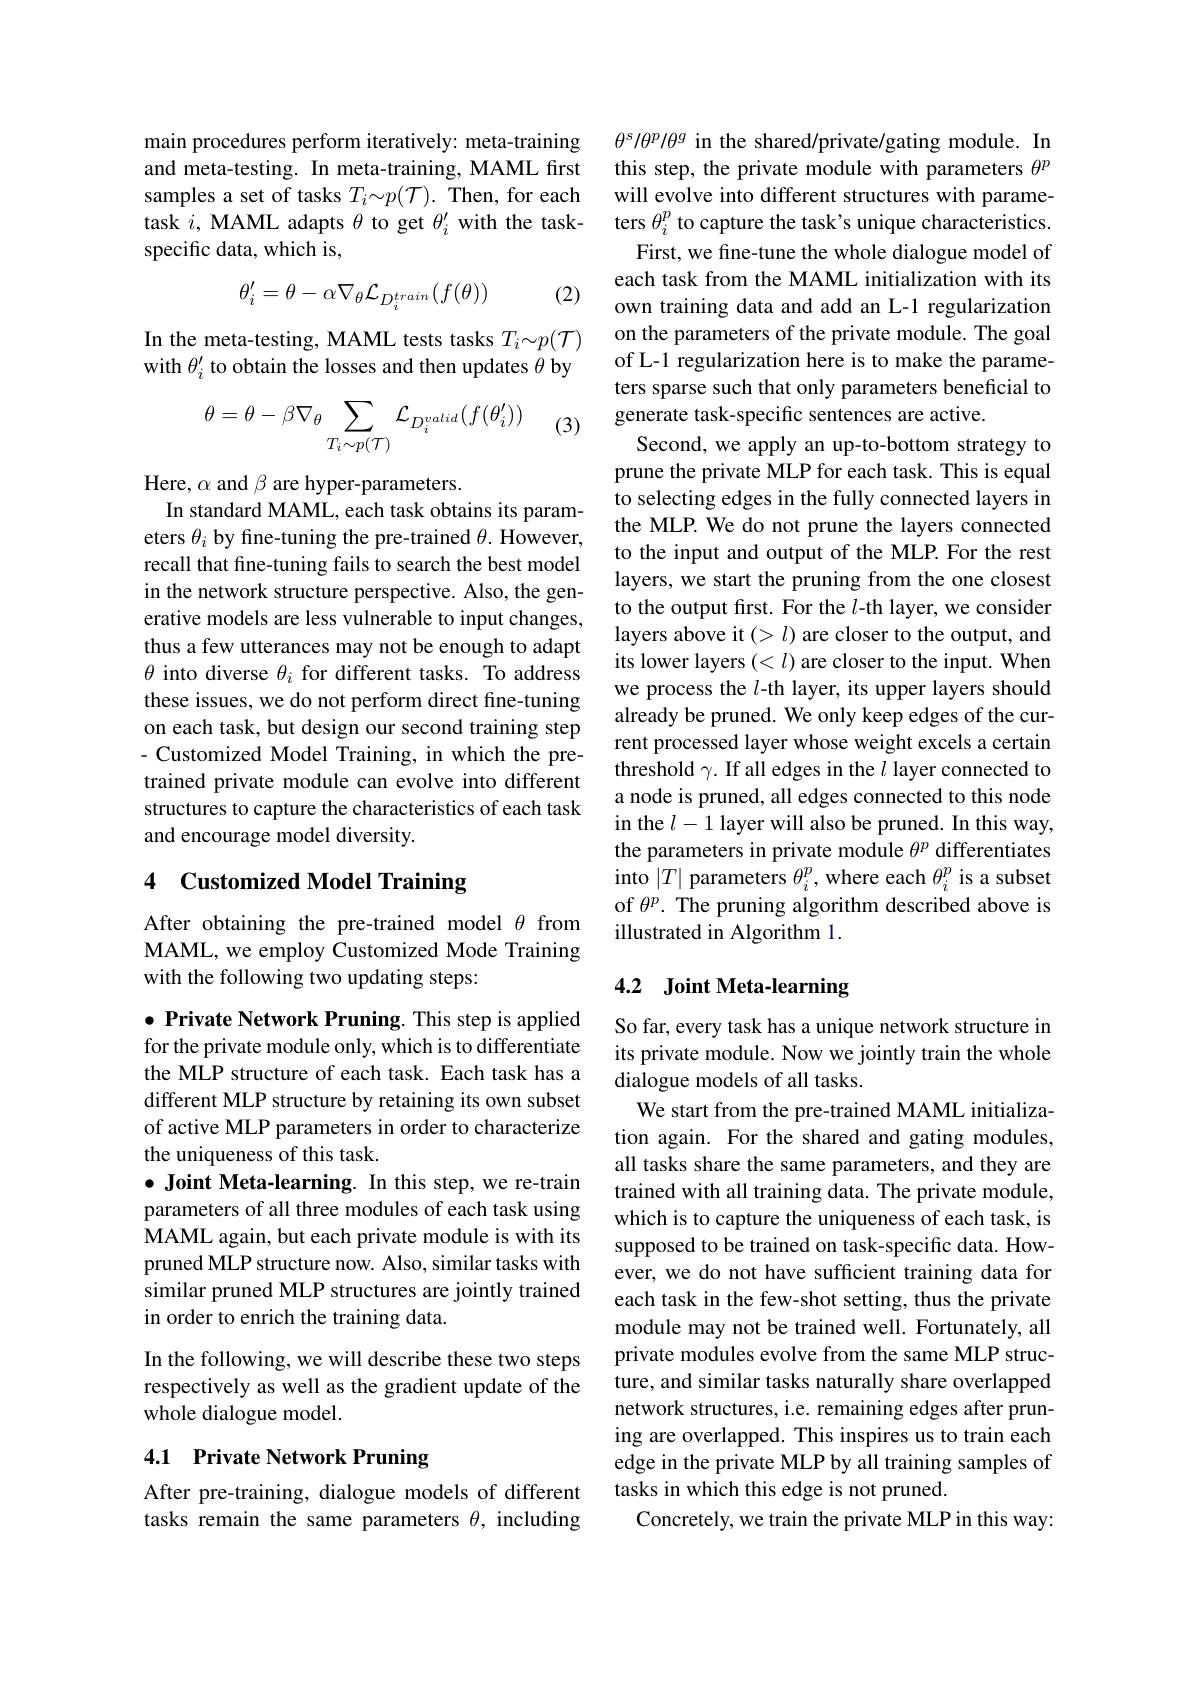
main procedures perform iteratively: meta-training and meta-testing. In meta-training, MAML first samples a set of tasks $T_i\sim p(\mathcal{T}).$ Then, for each task $i$, MAML adapts $\theta$ to get $\theta_i^\prime$ with the taskspecific data, which is,
$$\theta_{i}^{\prime}=\theta-\alpha\nabla_{\theta}\mathcal{L}_{D_{i}^{train}}(f(\theta))$$
(2)

In the meta-testing, MAML tests tasks $T_i{\sim}p(\mathcal{T})$ with $\theta_i^{\prime}$ to obtain the losses and then updates $\theta$ by
$$\theta=\theta-\beta\nabla_{\theta}\sum_{T_{i}\sim p(\mathcal{T})}\mathcal{L}_{D_{i}^{valid}}(f(\theta_{i}'))$$
(3)

Here, $\alpha$ and $\beta$ are hyper-parameters.
In standard MAML, each task obtains its parameters $\theta_i$ by fine-tuning the pre-trained $\theta.$ However, recall that fine-tuning fails to search the best model in the network structure perspective. Also, the generative models are less vulnerable to input changes, thus a few utterances may not be enough to adapt $\theta$ into diverse $\theta_i$ for different tasks. To address these issues, we do not perform direct fine-tuning on each task, but design our second training step - Customized Model Training, in which the pretrained private module can evolve into different structures to capture the characteristics of each task and encourage model diversity.

## 4 Customized Model Training

After obtaining the pre-trained model $\theta$ from MAML, we employ Customized Mode Training with the following two updating steps:

$\bullet$ Private Network Pruning. This step is applied for the private module only, which is to differentiate the MLP structure of each task. Each task has a different MLP structure by retaining its own subset of active MLP parameters in order to characterize the uniqueness of this task.
$\bullet$ Joint Meta-learning. In this step, we re-train parameters of all three modules of each task using MAML again, but each private module is with its pruned MLP structure now. Also, similar tasks with similar pruned MLP structures are jointly trained in order to enrich the training data.
In the following, we will describe these two steps respectively as well as the gradient update of the

whole dialogue model.

## 4.1 Private Network Pruning

After pre-training, dialogue models of different tasks remain the same parameters $\theta$, including

$\theta^s/\theta^p/\theta^g$ in the shared/private/gating module. In this step, the private module with parameters $\theta^p$ will evolve into different structures with parameters $\theta_i^p$ to capture the task's unique characteristics.
First, we fine-tune the whole dialogue model of each task from the MAML initialization with its own training data and add an L-1 regularization on the parameters of the private module. The goal of L-1 regularization here is to make the parameters sparse such that only parameters beneficial to generate task-specific sentences are active.
Second, we apply an up-to-bottom strategy to prune the private MLP for each task. This is equal to selecting edges in the fully connected layers in the MLP. We do not prune the layers connected to the input and output of the MLP. For the rest layers, we start the pruning from the one closest to the output first. For the $l$-th layer, we consider layers above it $(>l)$ are closer to the output, and its lower layers $(<l)$ are closer to the input. When we process the $l$-th layer, its upper layers should already be pruned. We only keep edges of the current processed layer whose weight excels a certain threshold $\gamma.$ If all edges in the $l$ layer connected to a node is pruned, all edges connected to this node in the $l-1$ layer will also be pruned. In this way, the parameters in private module $\theta^p$ differentiates into $|T|$ parameters $\theta_i^p$, where each $\theta_i^p$ is a subset of $\theta^p.$ The pruning algorithm described above is illustrated in Algorithm 1

## 4.2 Joint Meta-learning

So far, every task has a unique network structure in its private module. Now we jointly train the whole dialogue models of all tasks.
We start from the pre-trained MAML initialization again. For the shared and gating modules, all tasks share the same parameters, and they are trained with all training data. The private module, which is to capture the uniqueness of each task, is supposed to be trained on task-specific data. However, we do not have sufficient training data for each task in the few-shot setting, thus the private module may not be trained well. Fortunately, all private modules evolve from the same MLP structure, and similar tasks naturally share overlapped network structures, i.e. remaining edges after pruning are overlapped. This inspires us to train each edge in the private MLP by all training samples of tasks in which this edge is not pruned.
Concretely, we train the private MLP in this way: